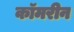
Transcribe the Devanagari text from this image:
कॉमरीन